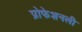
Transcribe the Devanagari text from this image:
प्रोफेशनली